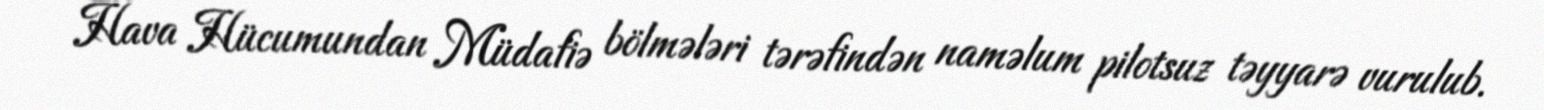
Hava Hücumundan Müdafiə bölmələri tərəfindən naməlum pilotsuz təyyarə vurulub.